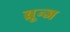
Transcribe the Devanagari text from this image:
ब्रून्ज